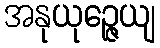
အနုယုဉ္ဇေယျ